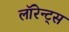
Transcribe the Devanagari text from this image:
लॉरेन्ट्स